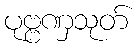
ပုဗ္ဗဏှသုတ်